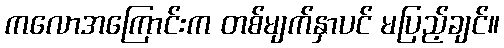
ကလောအကြောင်းက တစ်မျက်နှာပင် မပြည့်ချင်။